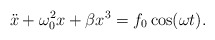
\begin{align*}\ddot{x} + \omega_0^2 x + \beta x^3 = f_0\cos(\omega t).\end{align*}